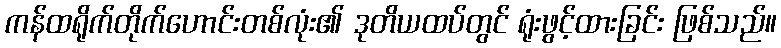
ကန်ထရိုက်တိုက်ဟောင်းတစ်လုံး၏ ဒုတိယထပ်တွင် ရုံးဖွင့်ထားခြင်း ဖြစ်သည်။